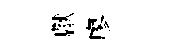
獻廖